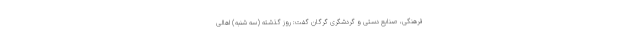
فرهنگی، صنایع دستی و گردشگری گرگان گفت: روز گذشته (سه شنبه) اهالی